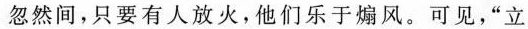
。忽然间，只要有人放火，他们乐于煽风。可见，”立